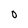
Character: 0